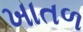
ખાતળ